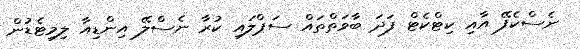
ނެސްކެފޭ އާއި ކިޓްކެޓް ފަދަ ބާވަތްތައް ސަޕްލައި ކުރާ ނެސްލޭ އިންޑިއާ ލިމިޓެޑުން